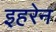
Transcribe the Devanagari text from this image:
इहरेन